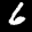
Label: 6